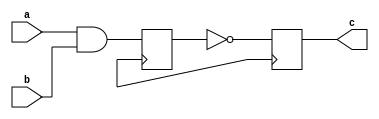
module nand_gate_delay (
    input wire a,
    input wire b,
    output reg c
);

reg d;

// Timing control and synchronization blocks
always @(posedge clock) begin
    d <= a & b; // Delay input signals
end

always @(posedge clock) begin
    c <= !d; // Output signal delayed by specified amount of time
end

endmodule